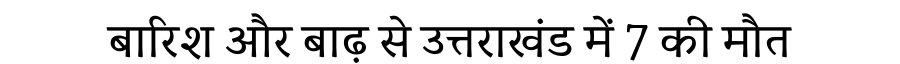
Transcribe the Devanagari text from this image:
बारिश और बाढ़ से उत्तराखंड में 7 की मौत